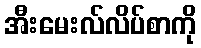
အီးမေးလ်လိပ်စာကို